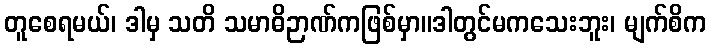
တူစေရမယ်၊ ဒါမှ သတိ သမာဓိဉာဏ်ကဖြစ်မှာ။ဒါတွင်မကသေးဘူး၊ မျက်စိက